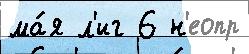
ма́я л'иг 6 н'еопр